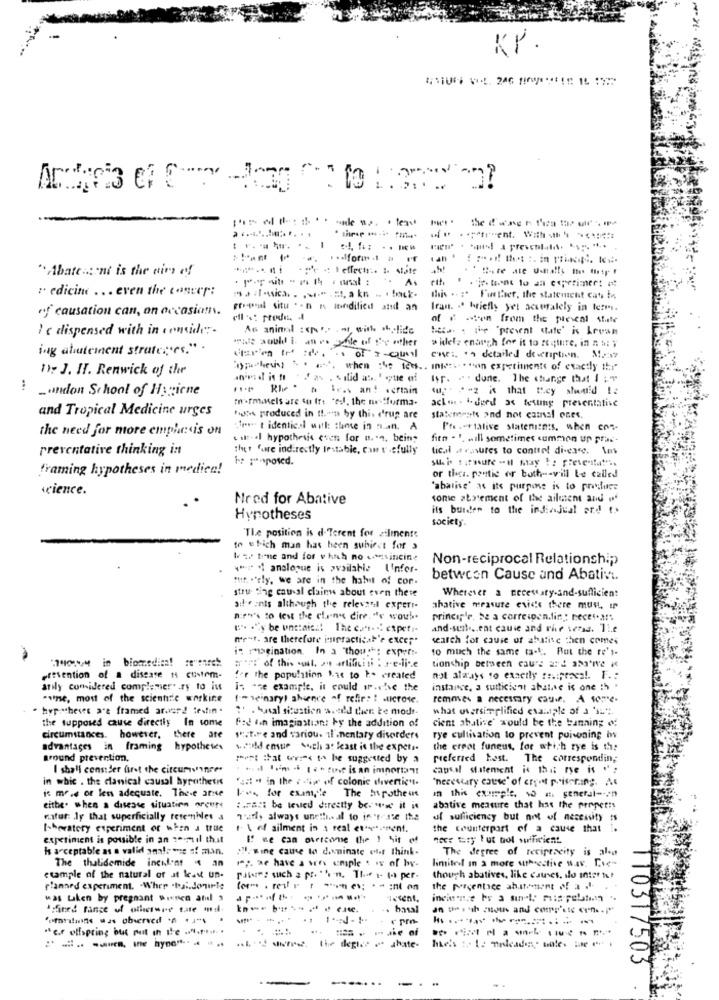
Kř.
"Abattant is the air of
- effects :. :. siste
" edicine ... even the cancer:
this .. ; Further, the statement cats to
of causation can, on occasion.
Iran. ª briefly yet acsefalely in terms.
of . Men from the peseal state
1 c dispensed with in consider -
As animal : (Not wish okolide
title : 'prevent date' is Lresm
"we would i anes file of the other
ing abutement strate: es." .
> Wlel, enargh for it to soituire, in a bi Y
enei, . detailed description.
1); J. H. Renwick of the
"pokud ". . when :4: ted .. intet .. "on experimente of exactly the"
*fa , vilid at. ! que of
. . done. The change that 12⑈
...
London School of Hygiene
n Ie. an! . crmain
(+ - - z i that they should !:
fn+fmaMels are su fr: "el. the me-forma-
and Tropical Medicine urges
ack . . i. dued as testing preventative
Fotos produced in tt.mu by this c'rup are
statements and hot camal ones.
the need for more emphasis on
"trest identical will: those in nan. A
Pro.ortalive statenicoss. when ens
.il. . I hypothesis coch for n .... bein"
firn . ". will sometimes summon un prac-
preventative thinking in
thet fare indirectly Iestabie, can t .sfully
tic.il . ravures to control diverse. las
framing hypotheses in medica!
or ther. poetic or both -- vill Le called
science.
'abalise' as its purpose is to prifuss
Need for Abative
some statement of the aileient and of
its burden to the indiajual ard
Hypotheses
society.
"The position is d. Terent for zilmente
to efich man has been subiect for a
W : true and for which no .wasincine
Non-reciprocal Relationship
-> " analogue is available linfor-
fuif. . "rly, we are in the habit of con.
between Cause and Abativt.
strut ting causal claims about even thete
Wherever a necessary-and-sufficient
ail . ants although the relevant experi-
ahative measure evics there mun, i
new's to test the clans cire, "e woub.
princip'e, be a correipen.fin : necesars
and.suite ,. ent cause and rhe versa. Ti.c
n'est. are therefore inipractical'e excep.
search for cause of abative then comes
is roseination. In a "though: expert-
to much the same ta-t. But the re's-
"140 in biomedica! se"surch
""":" of this suit, >. artificiti : se-li .. e
tionship between cau's ard 332
prevention of a disease H custom-
for the population hat to h. created
not always to exactly reciprocal. F .:
anly comidered complemer" .ry to its
is .se example, it could sr ... se the
instance, a sutticient abalise is one :h .
"sense, most of the scientific workine
1 .- seinary) absence of refir: : Microse.
removes a necessary cause. A sore-
. Hypo theses are framed arasr! testin .
: . Sal situation we'd then te modr-
what oversimplified example of a 'IL".
the supposed cause directly In some
food in imagination! by the addition of
cient ahalive' would be the banning of
circumstances. however, there are
shit.re and variou. Il .nentaty disorders
rye cultivation to prevent poisoning bwv
advantages in framing hypotheses
would ensue such at least is the expers.
the erpot funeus, for which rye is the
around prevention,
most that werek to he suggested by a
preferred test. The corresponding
I shall consider fret the circumstance.
capsel statement is this rye is ":
in whic . the danical causal hyrothetis
"ait . in the z diw of colonic divertic-
is mr.e of lens adequate. These arne
in this example, wo a :. general -- en
Les for example The mrotheus
eithe. when a disease situation Nevne
:. Fast be teved directty be. wie it it
abative measure that has the property
mifur: Jy that superficially resembles a
7'url, always unethical to in 'r'ste the
uf sufficiency but not of necessity is
theatery experiment or when a true
1. \ of ailment in a real ethe -- rent.
the counterpart of a cause that i.
experiment is possible in an teuil thit
Is acceptable as a valid anale wie of man.
of wine came to dominate ett think-
The degree of reciprocity is also
The thalidemide incident 4 an
1 ;. we have a ses emple . w of by-
limited in a more utheestive wav. Die"
example of the natural of at least un-
though abatives, like causes, slo inter fut
planned experiment. Wher .hai.Jonerle
the picentice ah.stoment of a -
was taken by pregnant picnica atual 3
dp :* of th.
.. basal
"e.f offspring but not in the ........ .
.L- wire. the depies - shate-
10317503